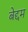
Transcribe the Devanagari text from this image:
बेद्दम